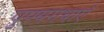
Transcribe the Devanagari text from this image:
पुण्यगथाएँ